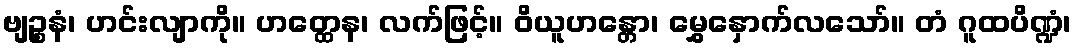
ဗျဉ္စနံ၊ ဟင်းလျာကို။ ဟတ္ထေန၊ လက်ဖြင့်။ ဝိယူဟန္တော၊ မွှေနှောက်လသော်။ တံ ဂူထပိဏ္ဍံ၊